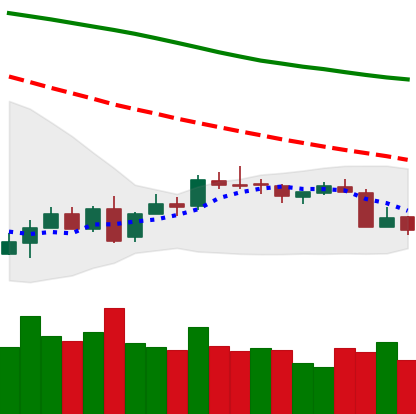
Ticker: XMR-USD
Chart end date: 2018-07-12
Forward return: 19.82%
Label: up_7plus